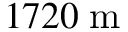
1 7 2 0 \; \mathrm { m }